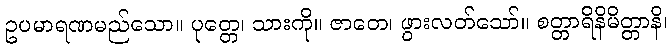
ဥပမာရဏမည်သော။ ပုတ္တေ၊ သားကို။ ဇာတေ၊ ဖွားလတ်သော်။ စတ္တာရိနိမိတ္တာနိ၊